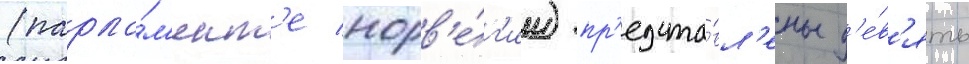
(парла́м'ент'е норв'е́г'ии) пр'едста́вл'ены д'е́в'ять